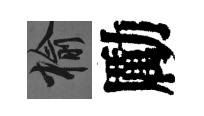
榆勵